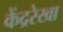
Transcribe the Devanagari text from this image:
केंद्ररेखा